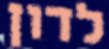
לדון